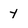
Character: Y